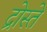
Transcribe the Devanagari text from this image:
द्रोस्ते